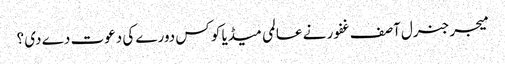
میجر جنرل آصف غفور نے عالمی میڈیا کو کس دورے کی دعوت دے دی ؟